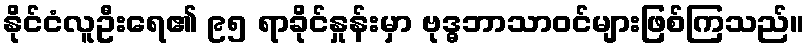
နိုင်ငံလူဦးရေ၏ ၉၅ ရာခိုင်နှုန်းမှာ ဗုဒ္ဓဘာသာဝင်များဖြစ်ကြသည်။